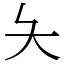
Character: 夨